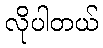
လိုပါတယ်